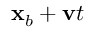
\mathbf x _ { b } + \mathbf v t